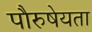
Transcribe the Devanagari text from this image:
पौरुषेयता